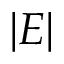
| E |